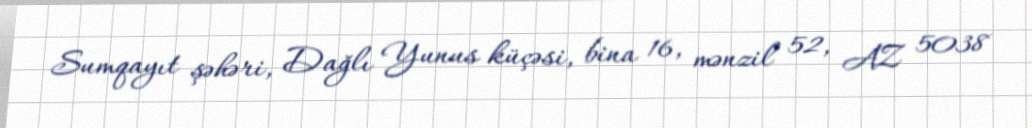
Sumqayıt şəhəri, Dağlı Yunus küçəsi, bina 16, mənzil 52, AZ 5038